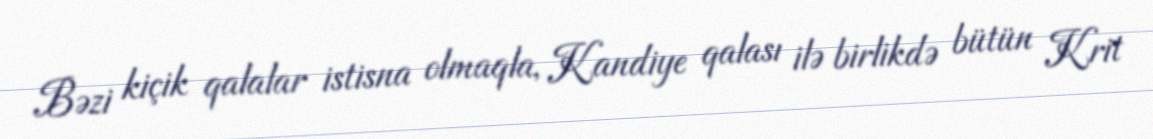
Bəzi kiçik qalalar istisna olmaqla, Kandiye qalası ilə birlikdə bütün Krit